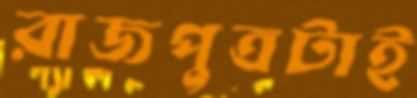
রাজপুত্রটাই